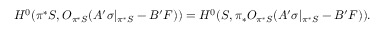
H ^ { 0 } ( \pi ^ { * } { \cal S } , { \cal O } _ { \pi ^ { * } { \cal S } } ( A ^ { \prime } \sigma | _ { \pi ^ { * } { \cal S } } - B ^ { \prime } F ) ) = H ^ { 0 } ( { \cal S } , \pi _ { * } { \cal O } _ { \pi ^ { * } { \cal S } } ( A ^ { \prime } \sigma | _ { \pi ^ { * } { \cal S } } - B ^ { \prime } F ) ) .